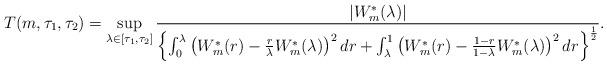
LaTeX: \begin{align*}T(m,\tau_1, \tau_2)=\sup\limits_{\lambda\in \left[\tau_1, \tau_2\right]}\frac{\left|W_m^*(\lambda)\right|}{\left\{\int_0^{\lambda}\left(W_m^*(r)-\frac{r}{\lambda}W_m^*(\lambda)\right)^2dr+\int_{\lambda}^1\left(W_m^*(r)-\frac{1-r}{1-\lambda} W_m^*(\lambda)\right)^2dr\right\}^{\frac{1}{2}}}.\end{align*}